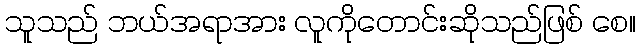
သူသည် ဘယ်အရာအား လူကိုတောင်းဆိုသည်ဖြစ် စေ။